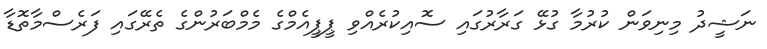
ނަޝީދު މިނިވަން ކުރުމާ ގުޅޭ ގަރާރުގައި ސޮއިކުރެއްވި ޕީޕީއެމްގެ މެމްބަރުންގެ ތެރޭގައި ފަރެސްމާތޮޑާ